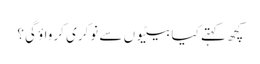
کچھ کہتے کیا بیٹیوں سے نوکری کرواؤ گی؟